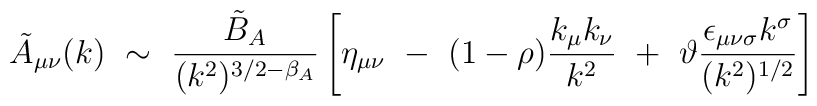
\tilde{A}_{\mu\nu}(k) ~\sim~ \frac{\tilde{B}_A}{(k^2)^{3/2-\beta_A}}\left[ \eta_{\mu\nu} ~-~ (1-\rho)\frac{k_\mu k_\nu}{k^2} ~+~ \vartheta\frac{\epsilon_{\mu\nu\sigma}k^\sigma}{(k^2)^{1/2}} \right]